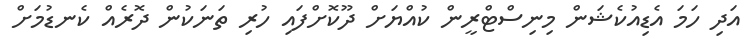
އަދި ހަމަ އެޑިއުކެޝަން މިނިސްޓްރީން ކުއްޔަށް ދޫކޮށްފައި ހުރި ތަނަކުން ދޮރެއް ކެނޑުމަށް